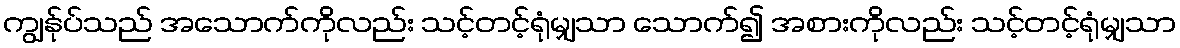
ကျွန်ုပ်သည် အသောက်ကိုလည်း သင့်တင့်ရုံမျှသာ သောက်၍ အစားကိုလည်း သင့်တင့်ရုံမျှသာ